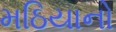
મઠિયાનો